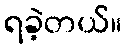
ရခဲ့တယ်။